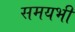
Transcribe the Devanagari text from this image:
समयभी